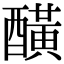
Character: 䤑